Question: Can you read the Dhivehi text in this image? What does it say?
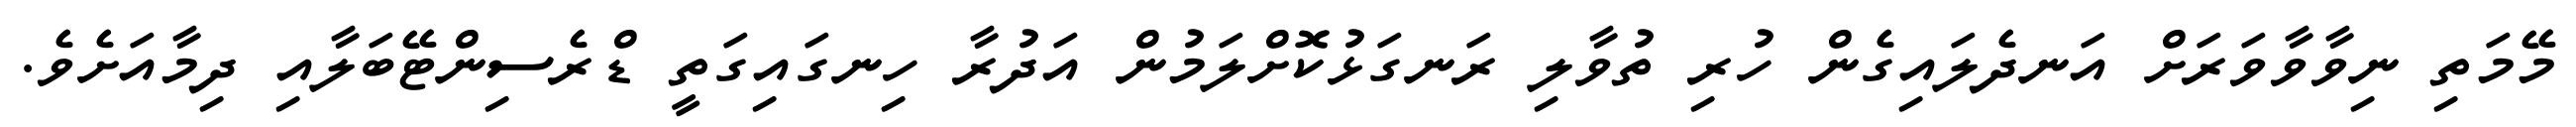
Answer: މޭމަތި ނިވާވާވަރަށް އަނދެލައިގެން ހުރި ތުވާލި ރަނގަޅުކޮށްލަމުން އަދުރާ ހިނގައިގަތީ ޑްރެސިންޓޭބަލާއި ދިމާއަށެވެ.